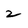
Character: 2